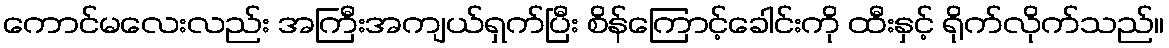
ကောင်မလေးလည်း အကြီးအကျယ်ရှက်ပြီး စိန်ကြောင့်ခေါင်းကို ထီးနှင့် ရိုက်လိုက်သည်။